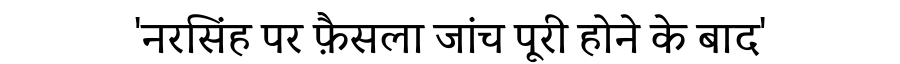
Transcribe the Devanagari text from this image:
'नरसिंह पर फ़ैसला जांच पूरी होने के बाद'